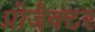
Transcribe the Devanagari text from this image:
प्रोजैक्टर